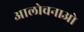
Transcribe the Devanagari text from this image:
आलोचनाओ